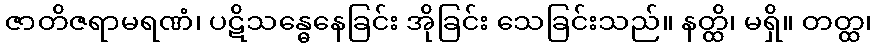
ဇာတိဇရာမရဏံ၊ ပဋိသန္ဓေနေခြင်း အိုခြင်း သေခြင်းသည်။ နတ္ထိ၊ မရှိ။ တတ္ထ၊